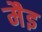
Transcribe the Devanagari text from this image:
मैइ